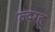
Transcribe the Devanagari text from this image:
ज्दग्हू